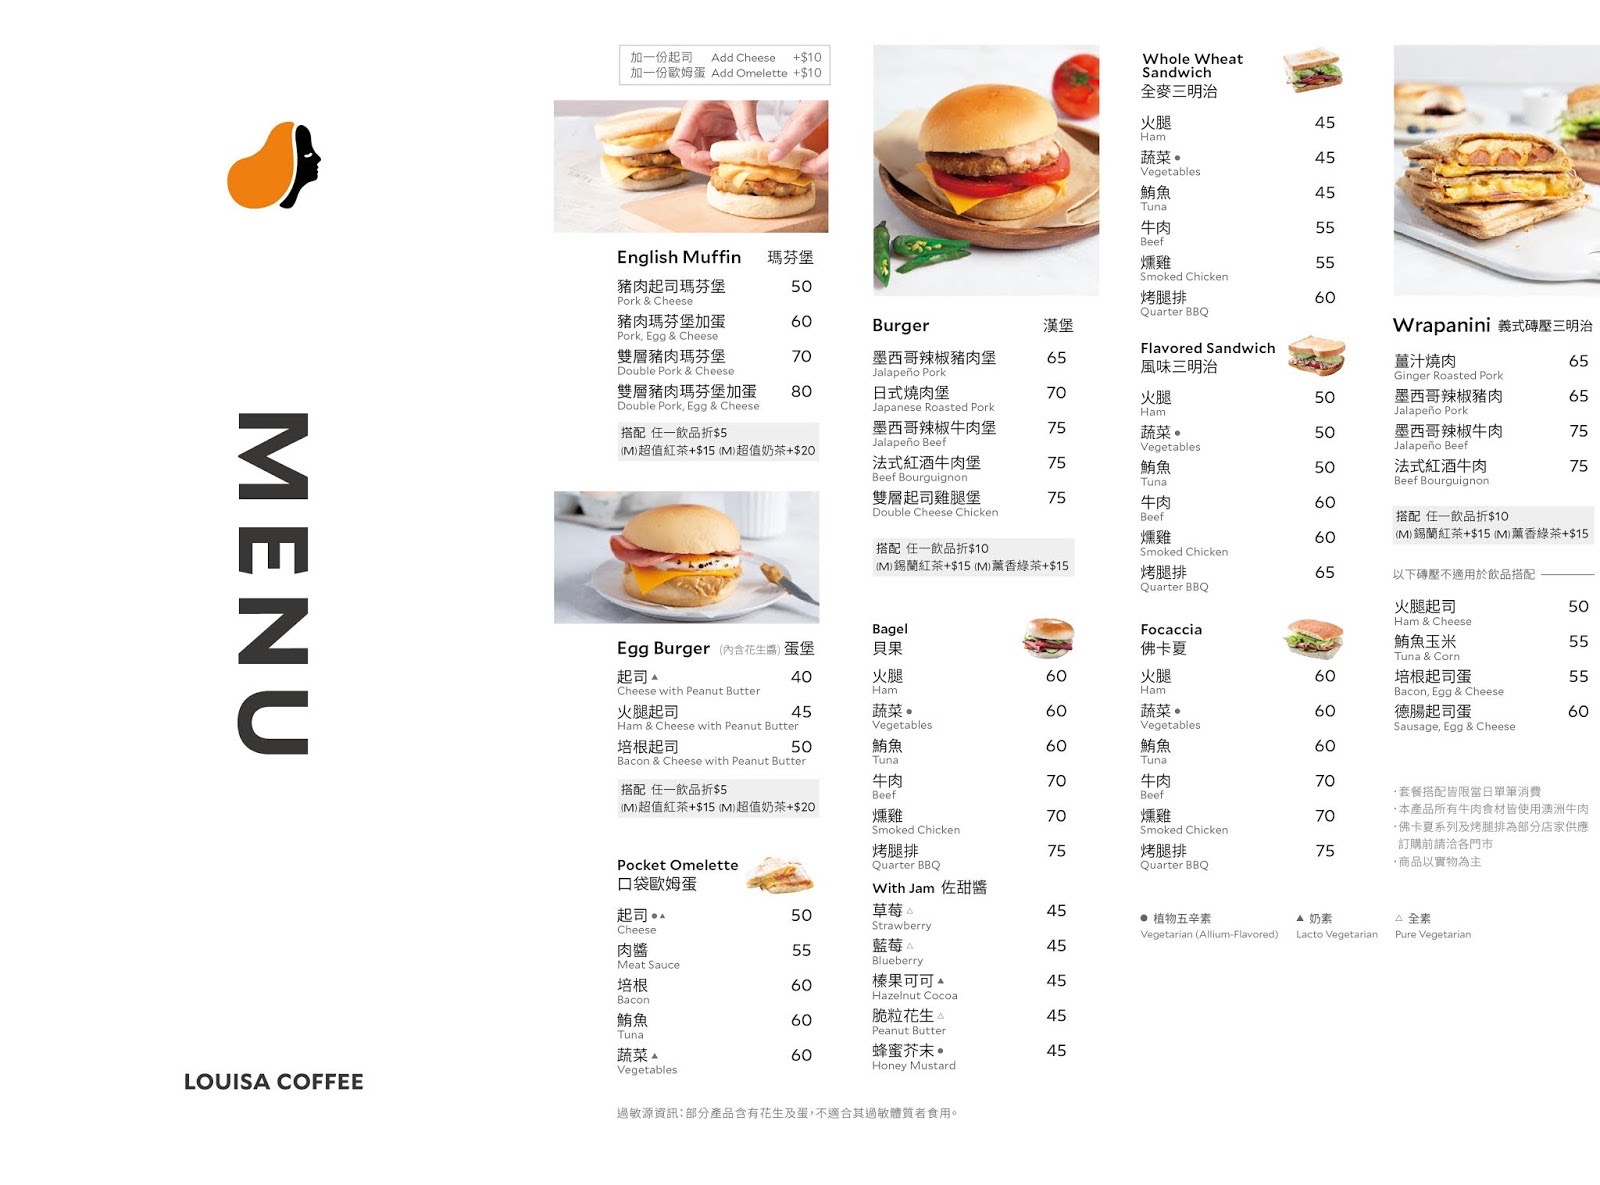
餐廳：LOUISA COFFEE
菜單：
name: 豬肉起司瑪芬堡
price: 50
name: 豬肉瑪芬堡加蛋
price: 60
name: 雙層豬肉瑪芬堡
price: 70
name: 雙層豬肉瑪芬堡加蛋
price: 80
name: 墨西哥辣椒豬肉堡
price: 65
name: 日式燒肉堡
price: 70
name: 墨西哥辣椒牛肉堡
price: 75
name: 法式紅酒牛肉堡
price: 75
name: 雙層起司雞腿堡
price: 75
name: 火腿
price: 45
name: 蔬菜
price: 45
name: 鮪魚
price: 45
name: 牛肉
price: 55
name: 燻雞
price: 55
name: 烤腿排
price: 60
name: 薑汁燒肉
price: 65
name: 火腿
price: 65
name: 墨西哥辣椒牛肉
price: 75
name: 法式紅酒牛肉
price: 75
name: 起司
price: 40
name: 火腿起司
price: 45
name: 培根起司
price: 50
name: 火腿
price: 60
name: 蔬菜
price: 60
name: 鮪魚
price: 60
name: 牛肉
price: 70
name: 燻雞
price: 70
name: 烤腿排
price: 75
name: 火腿
price: 60
name: 蔬菜
price: 60
name: 鮪魚
price: 60
name: 牛肉
price: 70
name: 燻雞
price: 70
name: 烤腿排
price: 75
name: 起司
price: 50
name: 肉醬
price: 55
name: 培根
price: 60
name: 鮪魚
price: 60
name: 蔬菜
price: 60
name: 草莓
price: 45
name: 藍莓
price: 45
name: 榛果可可
price: 45
name: 脆粒花生
price: 45
name: 蜂蜜芥末
price: 45